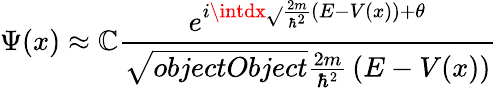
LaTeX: \Psi(x)\approx\mathbb{C}{\frac{{e^{i\intdx{\sqrt{}{{{\frac{{2m}}{{\hbar^{2}}}}\left(E-V(x)\right)}}}+\theta}}}{{\sqrt{{{objectObject}}}{{{\frac{{2m}}{{\hbar^{2}}}}\left(E-V(x)\right)}}}}}